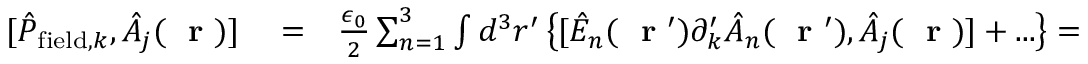
\begin{array} { r l r } { [ \hat { P } _ { \mathrm { f i e l d } , k } , \hat { A } _ { j } ( \mathrm { ~ \bf ~ r ~ } ) ] } & { { } = } & { \frac { \epsilon _ { 0 } } { 2 } \sum _ { n = 1 } ^ { 3 } \int d ^ { 3 } r ^ { \prime } \left\{ [ \hat { E } _ { n } ( \mathrm { ~ \bf ~ r ~ } ^ { \prime } ) \partial _ { k } ^ { \prime } \hat { A } _ { n } ( \mathrm { ~ \bf ~ r ~ } ^ { \prime } ) , \hat { A } _ { j } ( \mathrm { ~ \bf ~ r ~ } ) ] + . . . \right\} = } \end{array}